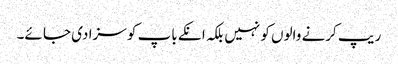
ریپ کرنے والوں کو نہیں بلکہ انکے باپ کو سزا دی جا ئے۔